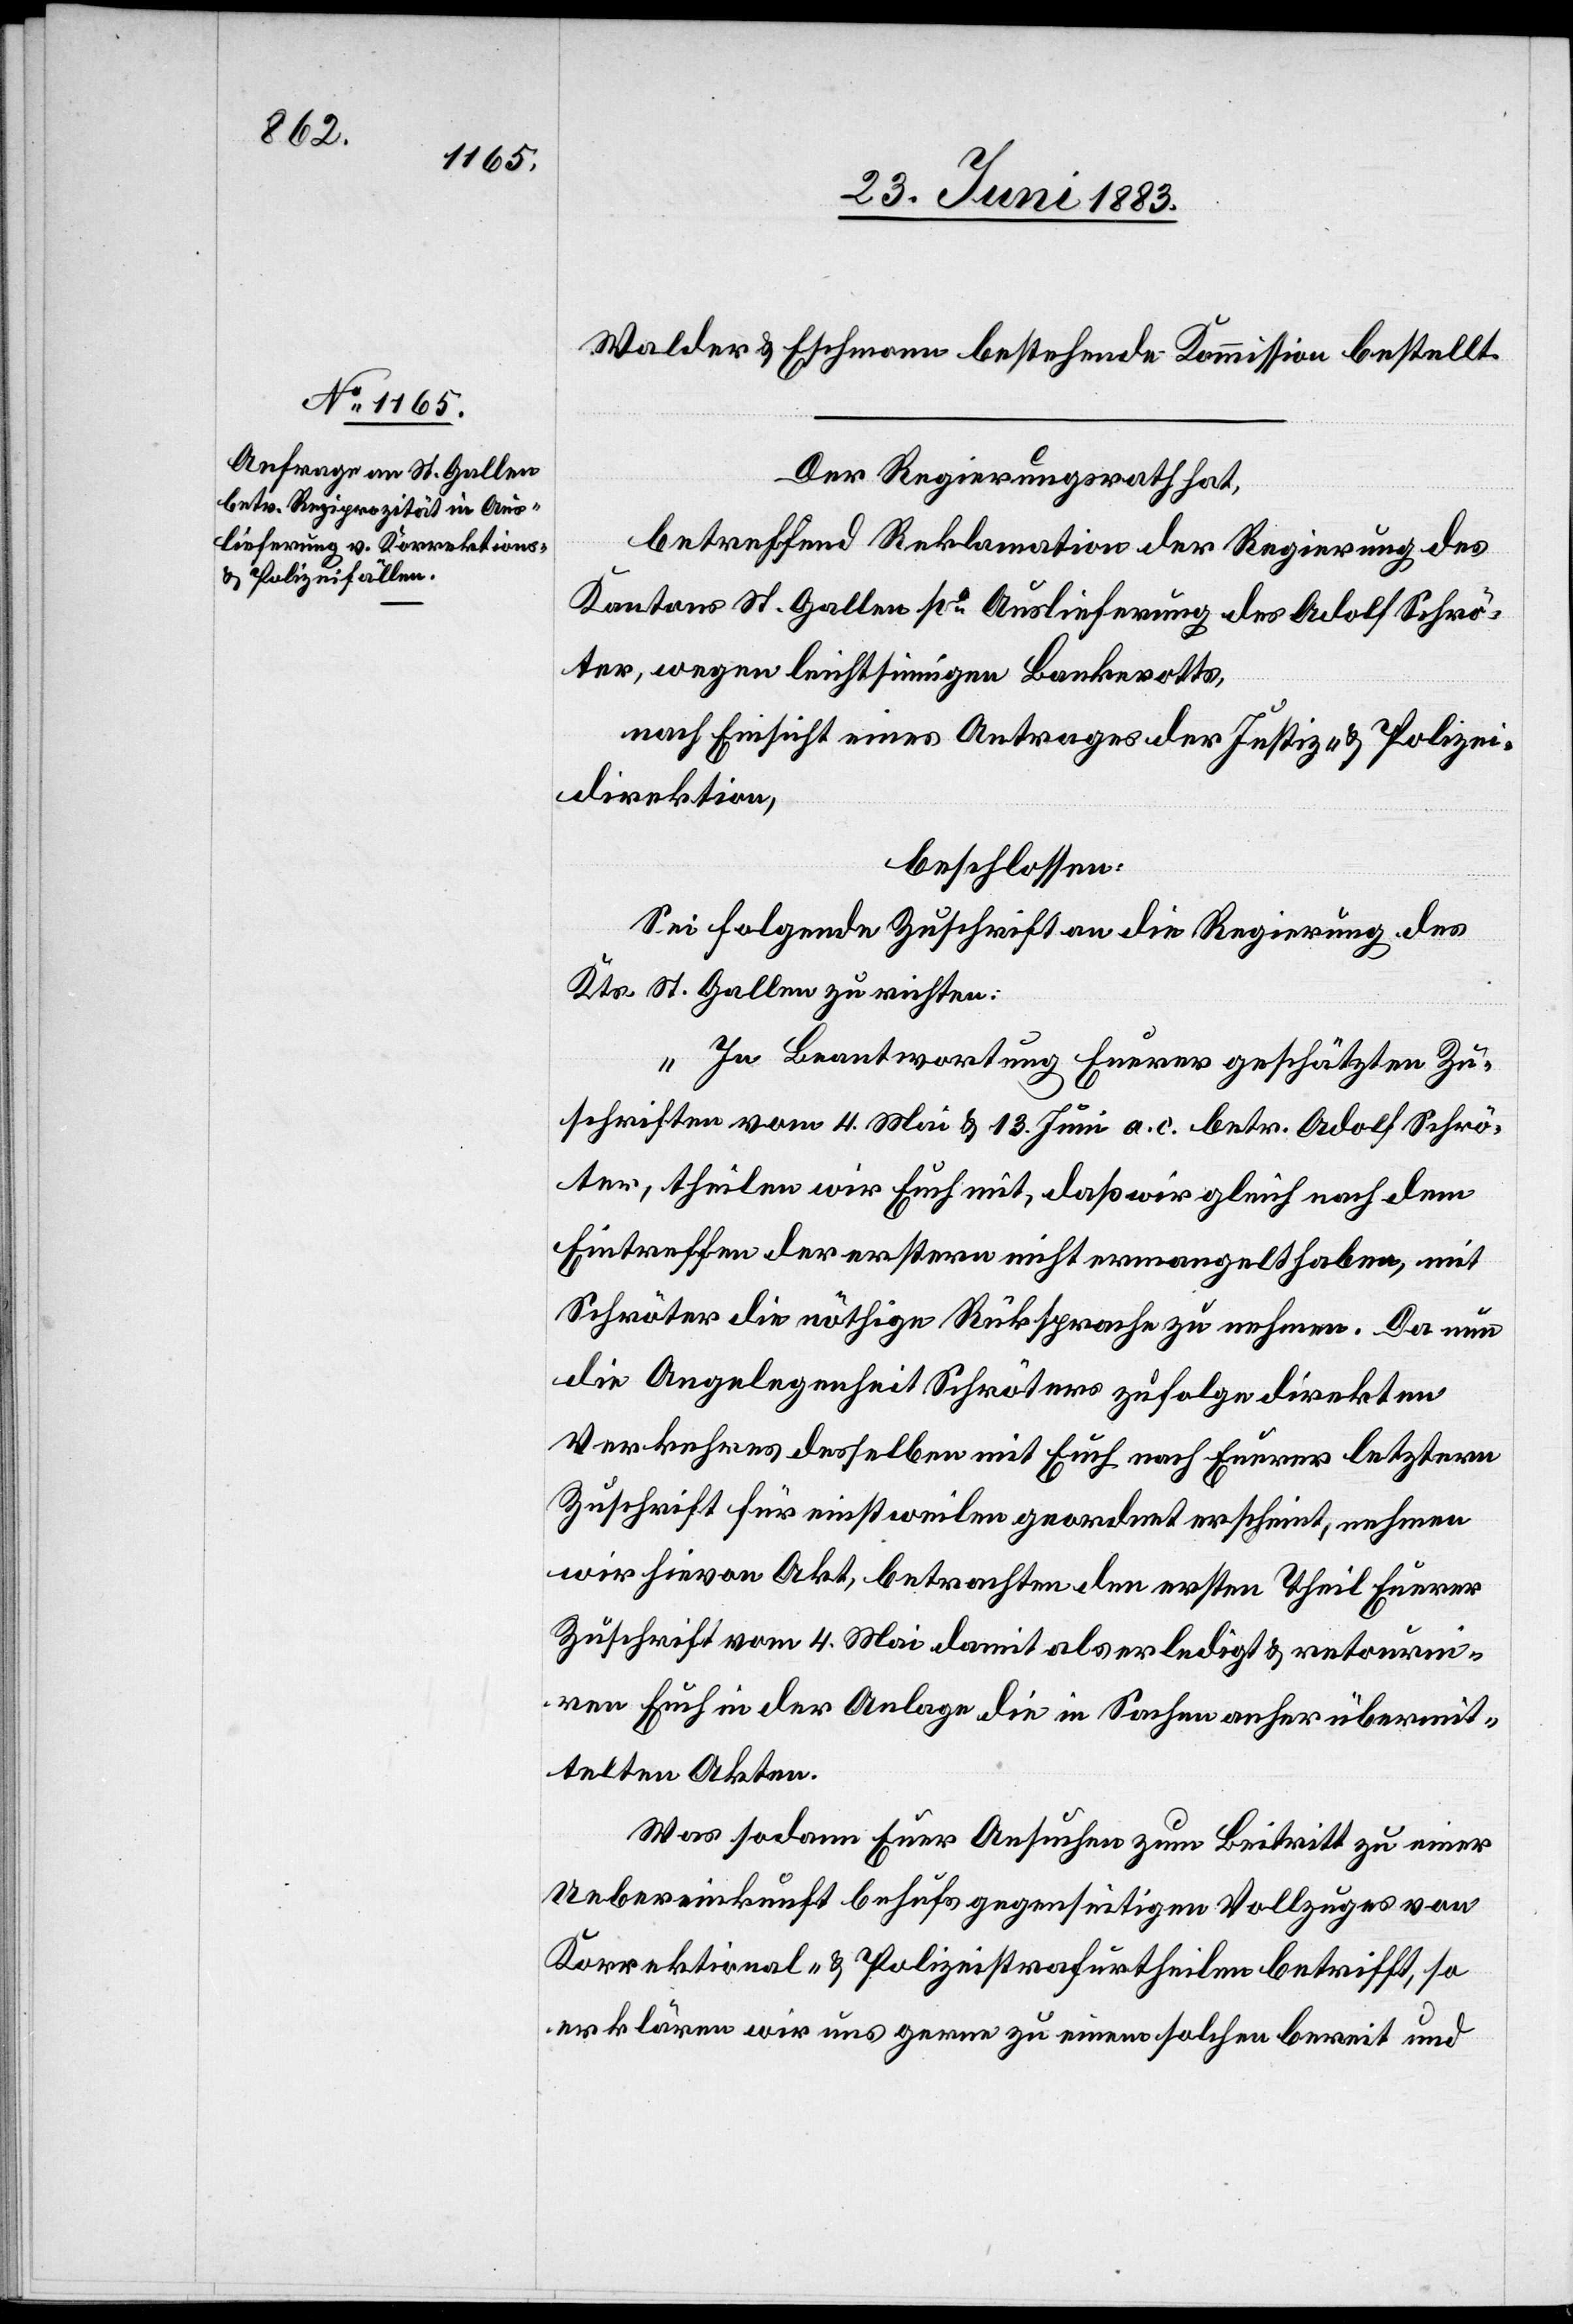
Walder & Eschmann bestehende Kommission bestellt.
Der Regierungsrath hat,
betreffend Reklamation der Regierung des
Kantons St. Gallen po Auslieferung des Adolf Schrö¬
ter, wegen leichtsinnigen Bankerotts,
nach Einsicht eines Antrages der Justiz- & Polizei¬
direktion,
beschlossen:
Sei folgende Zuschrift an die Regierung des
Kts. St. Gallen zu richten:
„In Beantwortung Euerer geschätzten Zu¬
schriften vom 4. Mai & 13. Juni a. c. betr. Adolf Schrö¬
ter, theilen wir Euch mit, daß wir gleich nach dem
Eintreffen der erstern nicht ermangelt haben, mit
Schröter die nöthige Rücksprache zu nehmen. Da nun
die Angelegenheit Schröter zufolge direkten
Verkehres desselben mit Euch nach Euerer letztern
Zuschrift für einstweilen geordnet erscheint, nehmen
wir hievon Akt, betrachten den ersten Theil Euerer
Zuschrift vom 4. Mai damit als erledigt & retourni¬
ren Euch in der Anlage die in Sachen anher übermit¬
telten Akten.
Was sodann Euer Ansuchen zum Beitritt zu einer
Uebereinkunft behufs gegenseitigen Vollzuges von
Korrektional- & Polizeistrafurtheilen betrifft, so
erklären wir uns gerne zu einem solchen bereit und